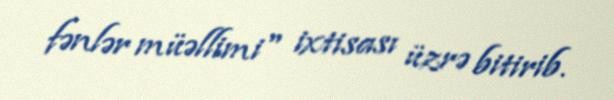
fənlər müəllimi" ixtisası üzrə bitirib.